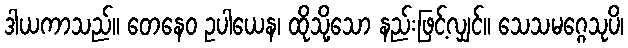
ဒါယကာသည်။ တေနေဝ ဥပါယေန၊ ထိုသို့သော နည်းဖြင့်လျှင်။ သေသမဂ္ဂေသုပိ၊